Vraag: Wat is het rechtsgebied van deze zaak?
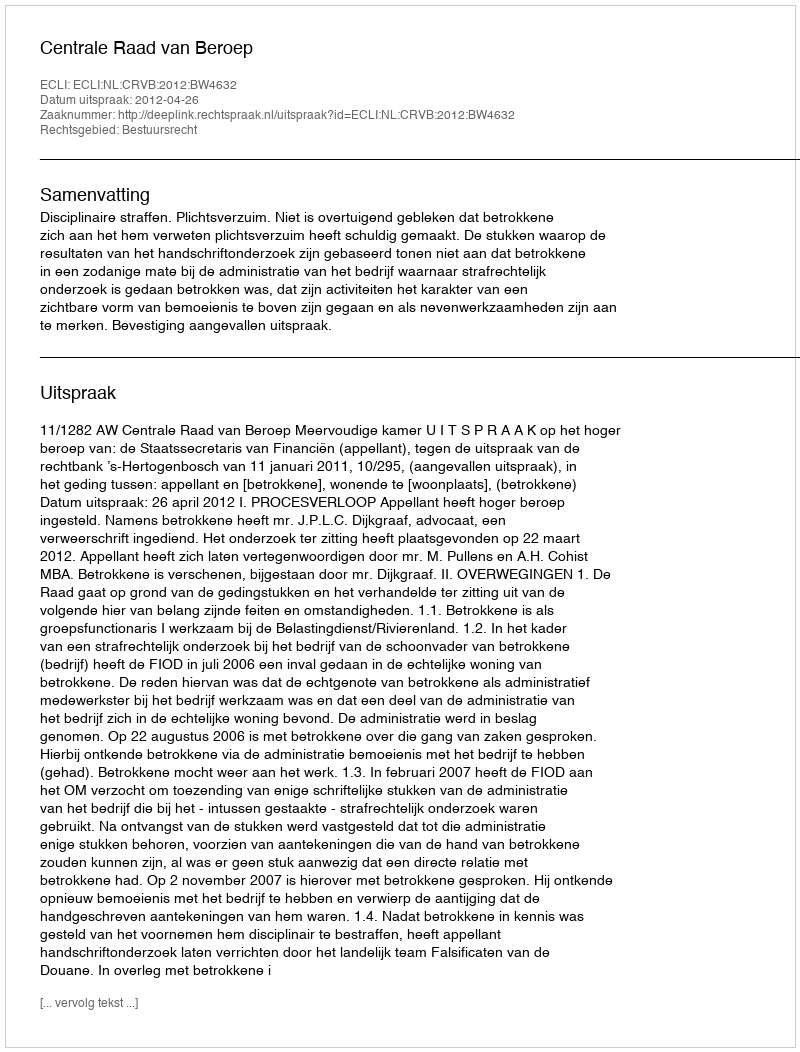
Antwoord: Bestuursrecht